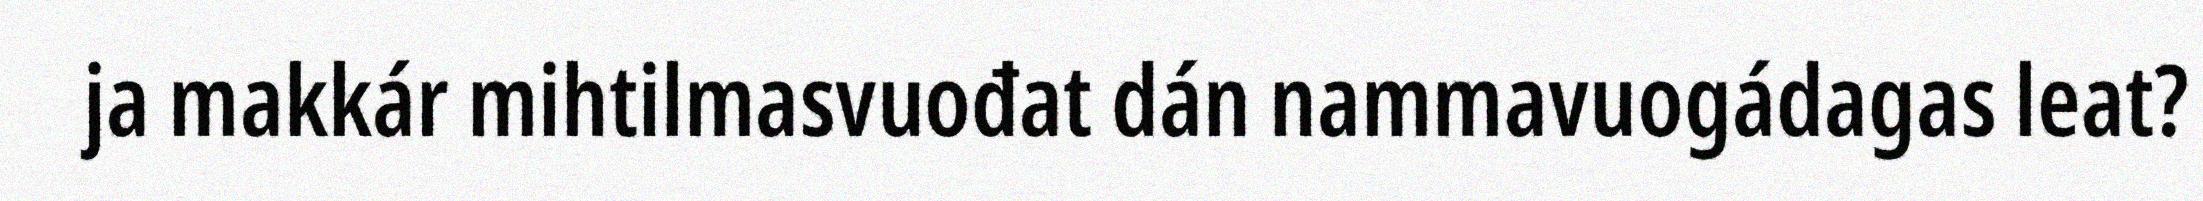
ja makkár mihtilmasvuođat dán nammavuogádagas leat?